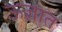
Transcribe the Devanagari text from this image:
ऊज्ञात